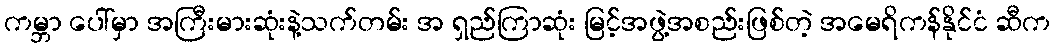
ကမ္ဘာ ပေါ်မှာ အကြီးမားဆုံးနဲ့သက်တမ်း အ ရှည်ကြာဆုံး မြင့်အဖွဲ့အစည်းဖြစ်တဲ့ အမေရိကန်နိုင်ငံ ဆီက